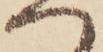
へ